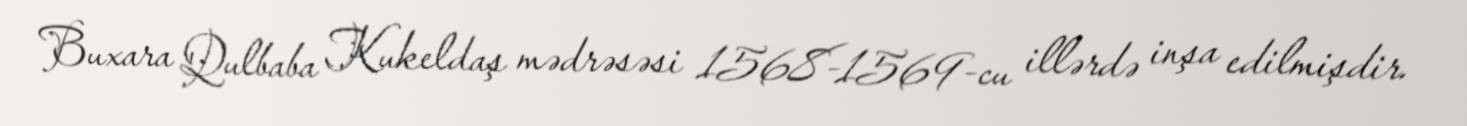
Buxara Qulbaba Kukeldaş mədrəsəsi 1568-1569-cu illərdə inşa edilmişdir.